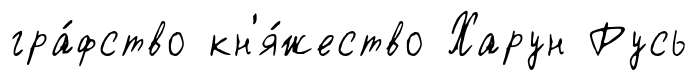
гра́фство кн'я́жество Харун Русь